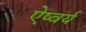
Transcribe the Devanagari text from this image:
ऐष्वर्य